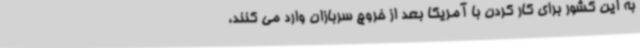
به این کشور برای کار کردن با آمریکا بعد از خروج سربازان وارد می کنند،